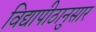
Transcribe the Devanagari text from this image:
विद्यापीठानुसार